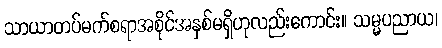
သာယာတပ်မက်စရာအစိုင်အနှစ်မရှိဟုလည်းကောင်း။ သမ္မပညာယ၊